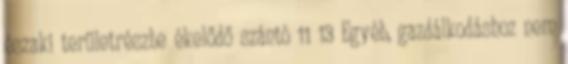
északi területrészbe ékelődő szántó 11 13 Egyéb, gazdálkodáshoz nem